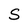
Character: S